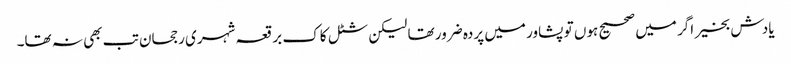
یادش بخیر اگر میں صحیح ہوں تو پشاور میں پردہ ضرور تھا لیکن شٹل کاک برقعہ شہری رجحان تب بھی نہ تھا۔